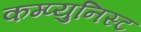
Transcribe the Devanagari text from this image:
कम्प्युनिस्ट